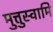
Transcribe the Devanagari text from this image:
मुत्तुस्वामि